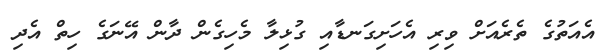
އެއަތުގެ ތެރެއަށް ވިރި އެހަށިގަނޑާއި ގުޅިލާ މެހިގެން ދާން އޭނަގެ ހިތް އެދި